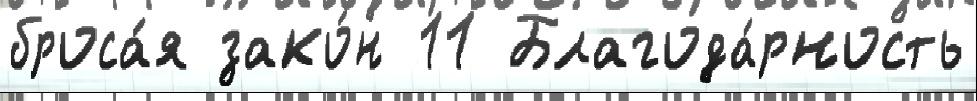
броса́я зако́н 11 Благода́рность